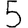
Digit: 5